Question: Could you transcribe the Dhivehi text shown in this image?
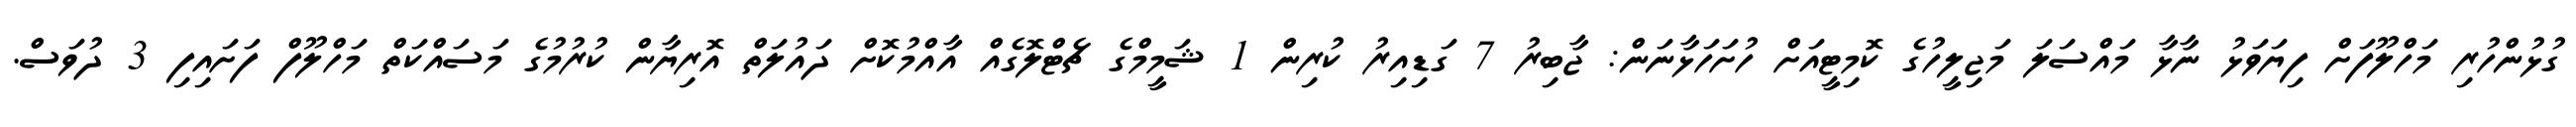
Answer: ގުޅުންހުރި މަހްލޫފަށް ފިޔަވަޅު ނާޅާ މައްސަލަ މަޖިލީހުގެ ކޮމިޓީއަށް ހުށަހަޅާނަން: ޖާބިރު 7 ގަޑިއިރު ކުރިން 1 ޝަމީމްގެ ޗެޓްލޮގެއް އާއްމުކޮށް ދައުލަތް އޮރިޔާން ކުރުމުގެ މަސައްކަތް މަހްލޫފް ފަށައިފި 3 ދުވަސް.